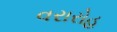
વરારોહ